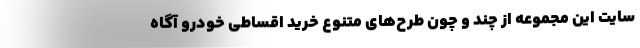
سایت این مجموعه از چند و چون طرح‌های متنوع خرید اقساطی خودرو آگاه